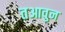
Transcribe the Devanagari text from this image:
तआवुन